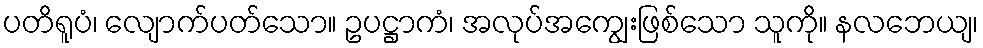
ပတိရူပံ၊ လျောက်ပတ်သော။ ဥပဋ္ဌာကံ၊ အလုပ်အကျွေးဖြစ်သော သူကို။ နလဘေယျ၊